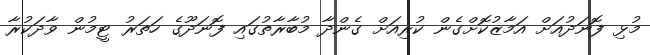
މުޅި ފޮނަދުއަށް އަމާޒުކޮށްގެން ކުރިއަށް ގެންދާ މުބާރާތުގައި ފޮނަދޫގެ ހަތަރު ޓީމުން ވާދަކުރާ